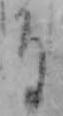
け